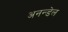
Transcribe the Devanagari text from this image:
अनन्डेल